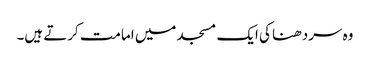
وہ سردھنا کی ایک مسجد میں امامت کرتے ہیں۔